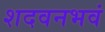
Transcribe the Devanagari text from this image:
शदवनभवं